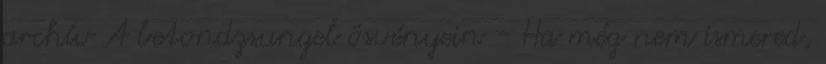
archív A betondzsungel ösvényein - Ha még nem ismered,